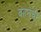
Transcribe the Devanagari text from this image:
वहनची